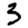
Digit: 3